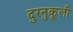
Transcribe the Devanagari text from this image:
दुरनुकूली